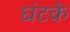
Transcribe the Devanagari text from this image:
घंटके